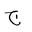
Letter: _gim